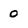
Character: 0